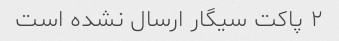
۲ پاکت سیگار ارسال نشده است